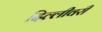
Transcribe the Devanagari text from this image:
दिल्लीवरी